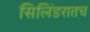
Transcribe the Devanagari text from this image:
सिलिंडरातच